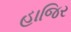
હાજિર